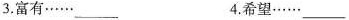
3.富有……___ 4.希望……___